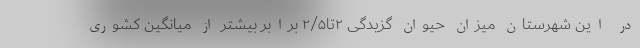
در این شهرستان میزان حیوان گزیدگی ۲تا۲/۵ برابر بیشتر از میانگین کشوری